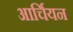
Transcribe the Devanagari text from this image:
आर्चियन